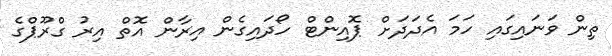
ތިން ވަނައިގައި ހަމަ އެދަދަށް ޕޮއިންޓް ހޯދައިގެން އިރާން އޮތް އިރު ގްރޫޕްގެ